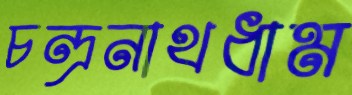
চন্দ্রনাথধাম